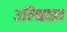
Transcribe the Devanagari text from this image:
उल्ब्रिख़्त